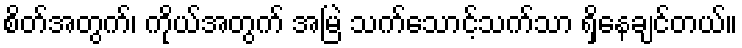
စိတ်အတွက်၊ ကိုယ်အတွက် အမြဲ သက်သောင့်သက်သာ ရှိနေချင်တယ်။